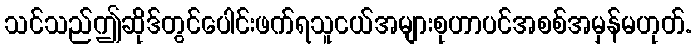
သင်သည်ဤဆိုဒ်တွင်ပေါင်းဖက်ရသူငယ်အများစုဟာပင်အစစ်အမှန်မဟုတ်.